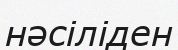
нәсіліден